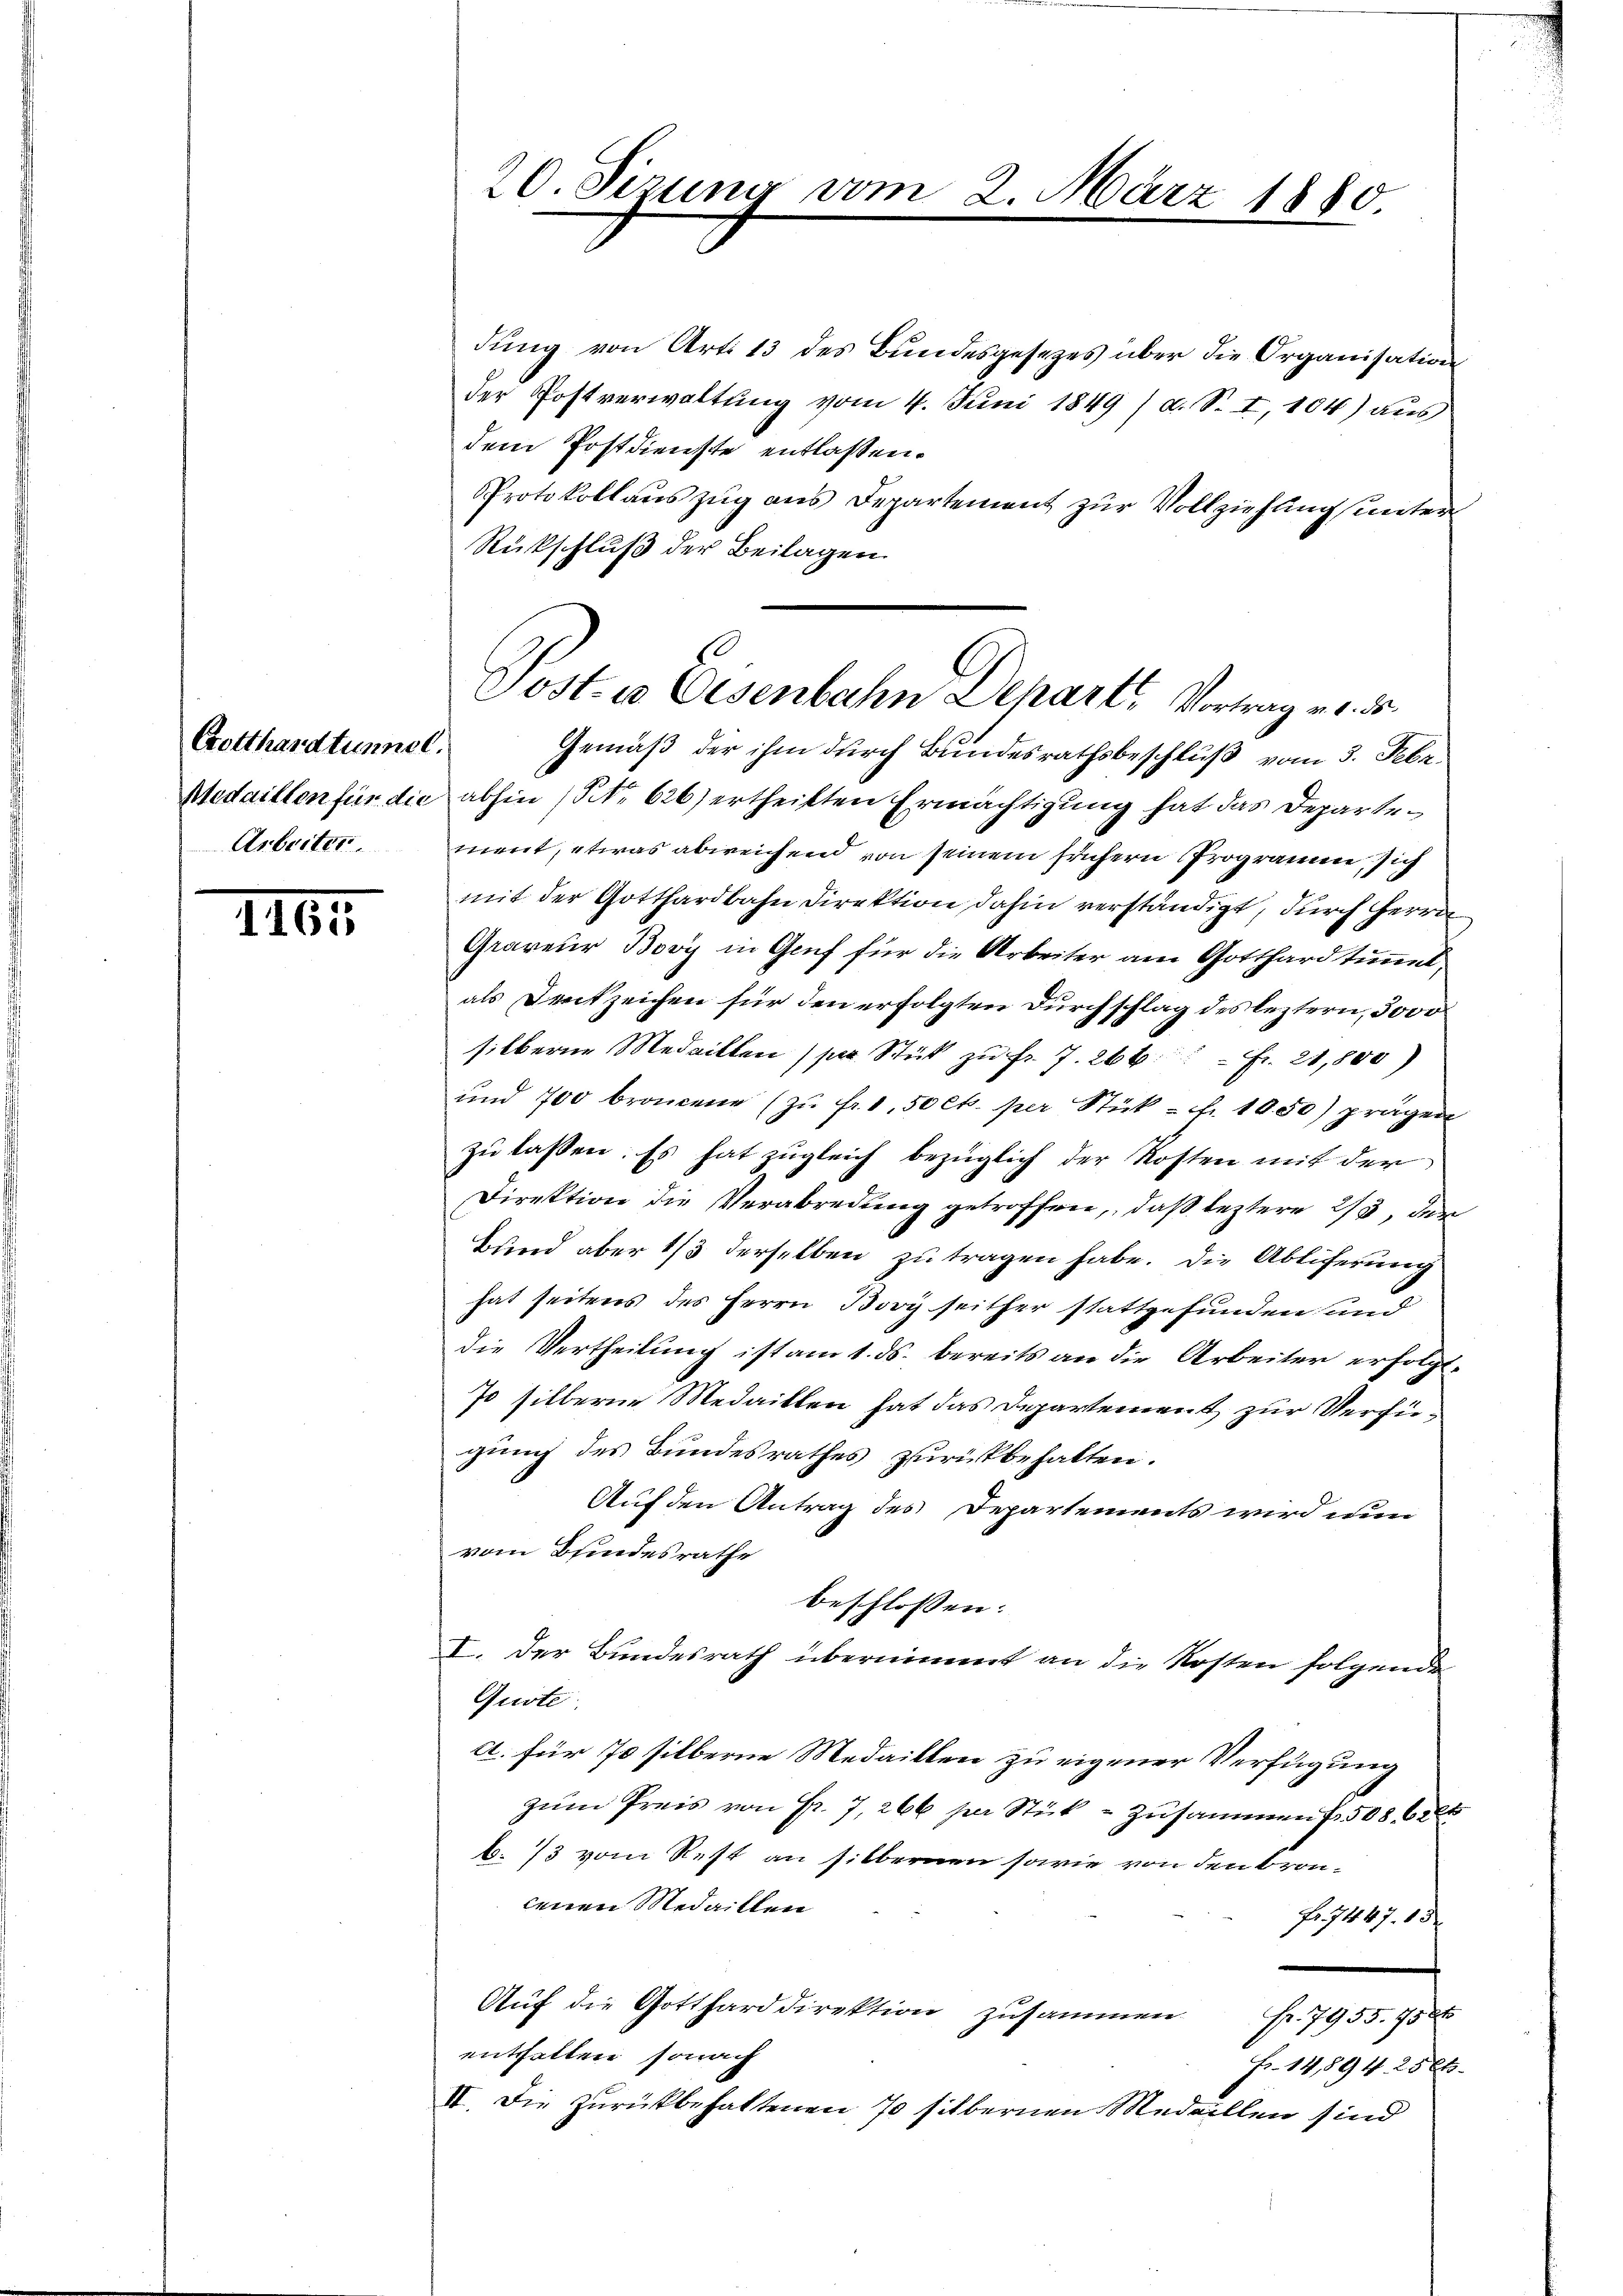
Gotthardtunnel.
Medaillen für die
Arbeiter

1161

20. Sizung vom

dung von Art. 13 des Bundesgesezes über die Organisation
der Postverwaltung vom 4. Juni 1849 /d. S. I, 184) aus
dem Postdienste entlassen.
Protokollauszug aus Departement zur Vollziehung (unter
Rückschluß der Beilagen.
Gemäß der ihm durch Bundesrathsbeschluß vom 3. Febr.
abhin (No 626) ertheilten Ermächtigung hat das Departement, etwas abweichend von seinem frühern Programme, sich
mit der Gotthardbahn Direktion dahin verständigt, durch Herrn
Graveur Bovy in Genf für die Arbeiter am Gotthardtunnet,
als Denkzeichen für den erfolgten Durchschlag des leztern, 3000
silberne Medaillen (par Stück zu Fr. 7. 266.  Fr. 21,800)
und 700 broncene (zŭ fr. 1.50 cts. per Stück - fr. 1050) prägen
zŭ lassen. Es hat zugleich bezüglich der Kosten mit der
Direktion die Verabredung getroffen, daß leztere 2/3 der
Bund aber 1/3 derselben zu tragen habe. Die Abliferung
hat seitens des Herrn Bovy seither stattgefunden und
die Vertheilung ist am 1. ds. bereits an die Arbeiter erfolgt.
70 silberne Medaillen hat das Departement zur Verfügung des Bundesrathes zurückbehalten.
Auf den Antrag des Departements wird nun
vom Bundesrathe
beschlossen:
I. Der Bundesrath übernimmt an die Kosten folgende
Quote
A. für 70 silberne Medaillen zu eigener Verfügung
zŭm Preis von Fr. 7, 266 per Stick - zusammen fr. 508. 624
b. 13 vom Rest an silbernen sowie von den Broncenen Medaillen
Fr. 1467. 15
Aŭf die Gottharddirektion zusammen Fr. 7955. 750
enthalten, sonach
Fr. 14,894. 28 Ek.
IV. Die zurückbehaltenen 70 silbernen Medaillen sind

2. März 1880

Post- u. Eisenbahn Departe Vortrag an de